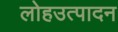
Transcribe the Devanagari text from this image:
लोहउत्पादन